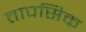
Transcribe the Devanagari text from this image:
तापसिक